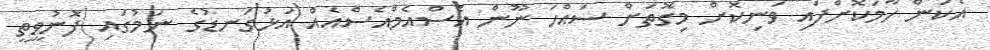
އެކަން ހާމަކޮށްފައި ވަނިކޮށް މިގޮތަށް ސައްހަ ނޫން އެސްއެމްއެސްއެެއް އަޅުގަނޑުގެ ނަމުގައި ފޮނުވީތީ